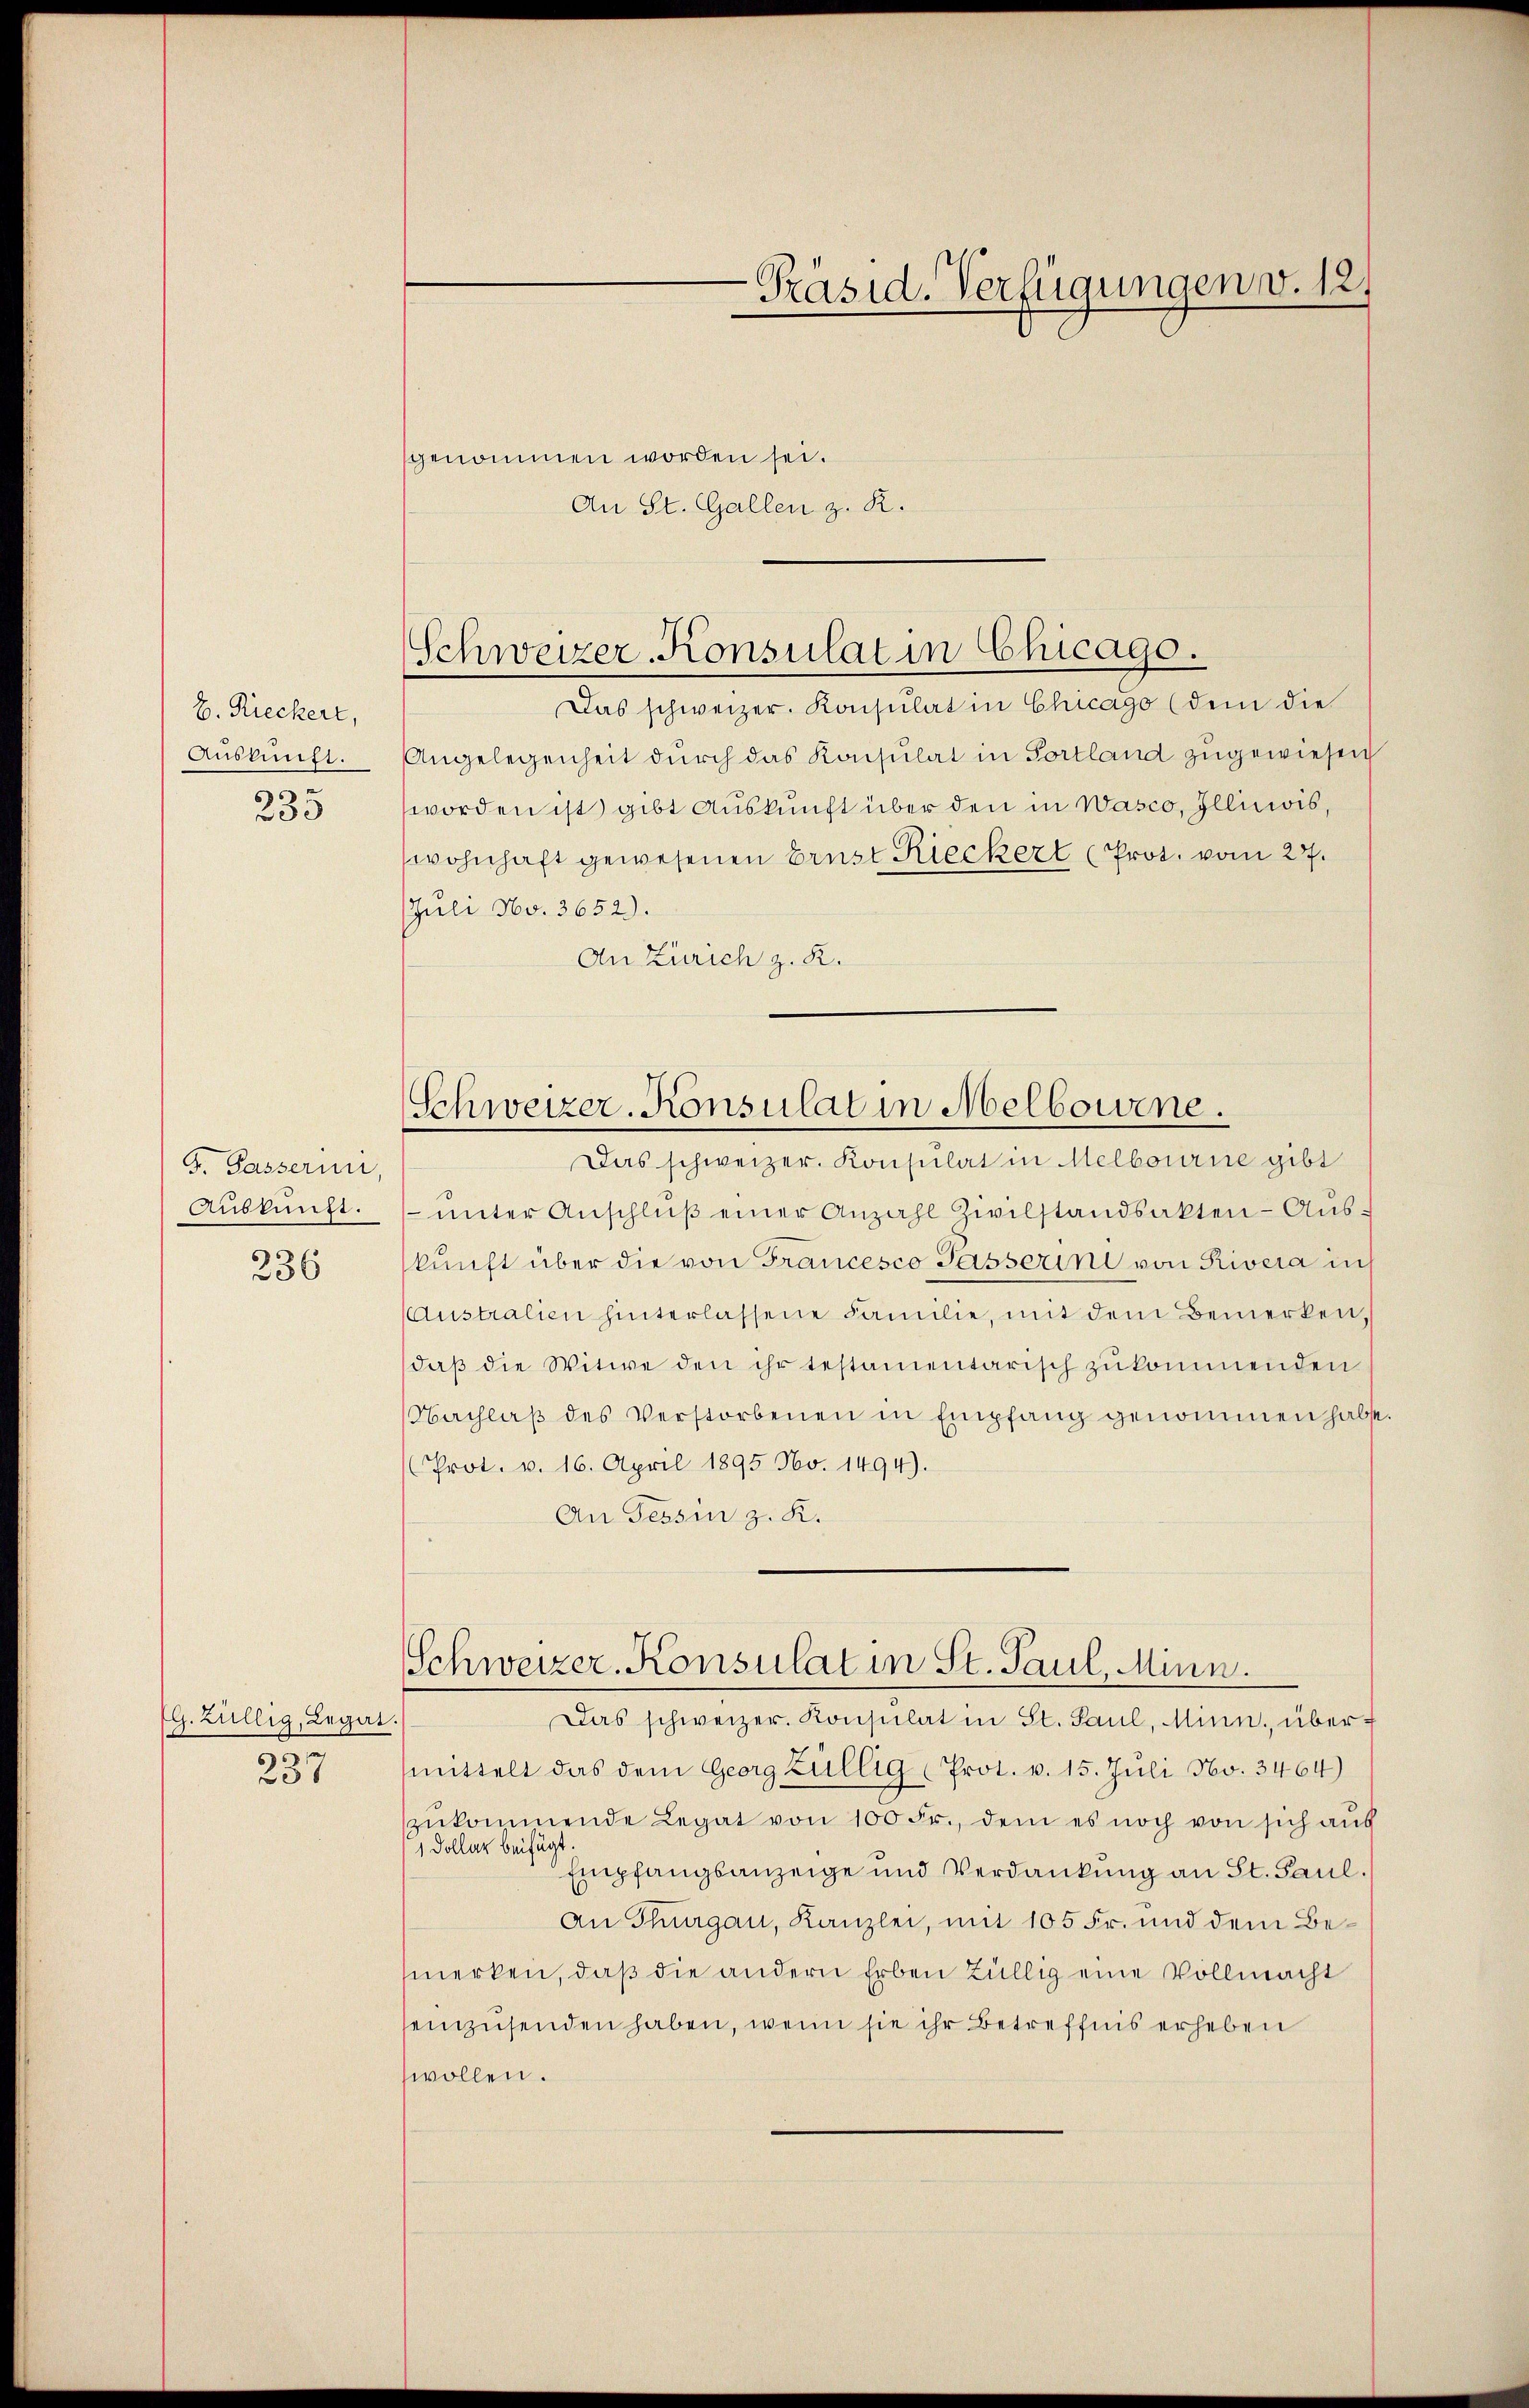
E. Rieckert,
Auskunft.
235

F. Passerin
Auskunft.

236

Das schweizer. Konsulat in Chicago (dem die
Angelegenheit durch das Konsulat in Portland zugewiesen
worden ist) gibt Auskunft über den in Wasco, Illiciis,
wohnhaft gewesenen Brust Rieckerl (Prot. vom 27.
Juli No. 3652).
An Zürich z. K.

(G. Züllig, Legat.
zu
237

-Präsid. Verfügungen v. 12.

genommen worden sei.
An St. Gallen z. R.

Schweizer-Konsulat in Chicago.

Schweizer-Konsulat in Melbowine.

Das schweizer. Konsulat in Melbourne gibt
ŭnter Anschlŭβ einer Anzahl Zwilstandsakten-Auskunft über die von Francesco Gasserini von Rivera in
Australien hinterlassene Familie, mit dem Bemerken,
daβ die Witwe den ihr testamentarisch zŭkommenden
Nachlaβ des Verstorbenen in Empfang genommen habe.
Prot. v. 16. April 1895 No. 1494).
An Tessin z. K.
Das schweizer. Konsulat in St. Paul, Minn, übermittelt das dem Georg Züllig Prot. v. 15. Jŭli No. 3464)
zŭkommende Legat von 100 Fr., dem es noch von sich auf
1 Dollar beifügt.
Empfangsanzeige und Verdankung an St. Paul.
An Thurgau, Kanzlei, mit 105 Fr. und dem Bemerken, daß die andern Erben Büllig eine Vollmacht
einzusenden haben, wenn sie ihr Betreffnis erheben
wollen.

Schweizer-Konsulat in St. Paul, Minn.